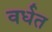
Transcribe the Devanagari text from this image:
वर्धत